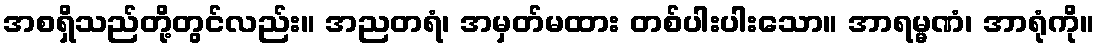
အစရှိသည်တို့တွင်လည်း။ အညတရံ၊ အမှတ်မထား တစ်ပါးပါးသော။ အာရမ္မဏံ၊ အာရုံကို။